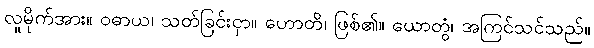
လူမိုက်အား။ ဝဓာယ၊ သတ်ခြင်းငှာ။ ဟောတိ၊ ဖြစ်၏။ ယောတွံ၊ အကြင်သင်သည်။